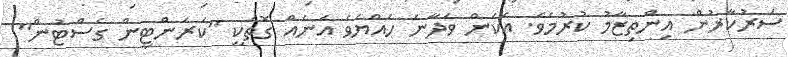
ސަރުކާރުން އިންތިޒާމު ކުރުމެވެ. އެކަން ވެދާނެ ހެއްޔެވެ އަނެއް ގޮތަކީ "ކަރަންޓީން ގެސްޓުން"